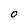
Character: O